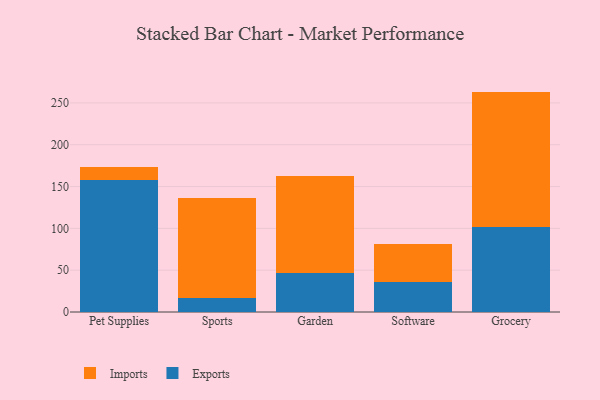
{"axis": {"x": "Category", "y": "Inventory Turnover"}, "legend": ["Exports", "Imports"], "data": [{"x": "Pet Supplies", "y": 158.1, "type": "Exports"}, {"x": "Pet Supplies", "y": 15.5, "type": "Imports"}, {"x": "Sports", "y": 16.9, "type": "Exports"}, {"x": "Sports", "y": 119.2, "type": "Imports"}, {"x": "Garden", "y": 46.8, "type": "Exports"}, {"x": "Garden", "y": 116.0, "type": "Imports"}, {"x": "Software", "y": 36.3, "type": "Exports"}, {"x": "Software", "y": 44.6, "type": "Imports"}, {"x": "Grocery", "y": 102.1, "type": "Exports"}, {"x": "Grocery", "y": 161.4, "type": "Imports"}]}